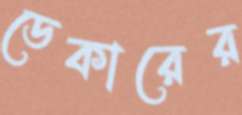
ডেকারের